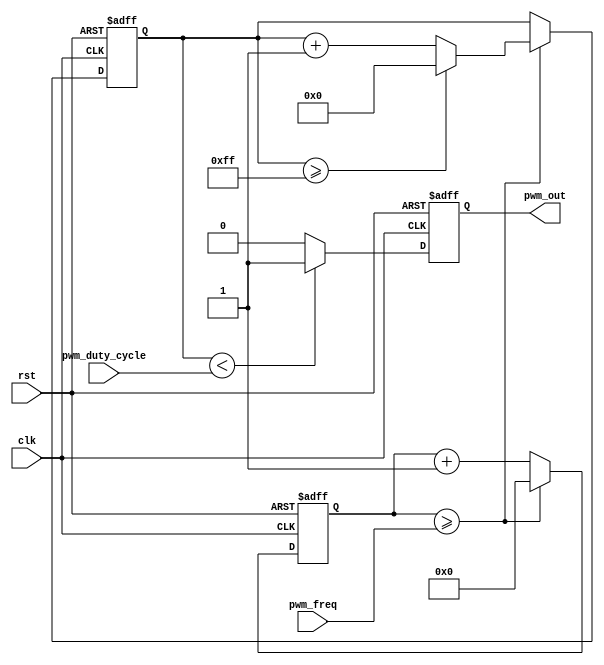
module pwm_generator (
    input wire clk,
    input wire rst,
    input wire [31:0] pwm_freq,
    input wire [7:0] pwm_duty_cycle,
    output reg pwm_out
);

reg [31:0] count;
reg [7:0] duty_count;

always @(posedge clk or posedge rst) begin
    if (rst) begin
        count <= 0;
        duty_count <= 0;
        pwm_out <= 0;
    end else begin
        count <= count + 1;
        
        if (count >= pwm_freq) begin
            count <= 0;
            duty_count <= duty_count + 1;
            if (duty_count >= 255) begin
                duty_count <= 0;
            end
        end
        
        if (duty_count < pwm_duty_cycle) begin
            pwm_out <= 1;
        end else begin
            pwm_out <= 0;
        end
    end
end

endmodule